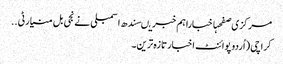
مرکزی صفحہاخباراہم خبریںسندھ اسمبلی نے نجی بل منیارٹی ..
کراچی (اُردو پوائنٹ اخبارتازہ ترین۔